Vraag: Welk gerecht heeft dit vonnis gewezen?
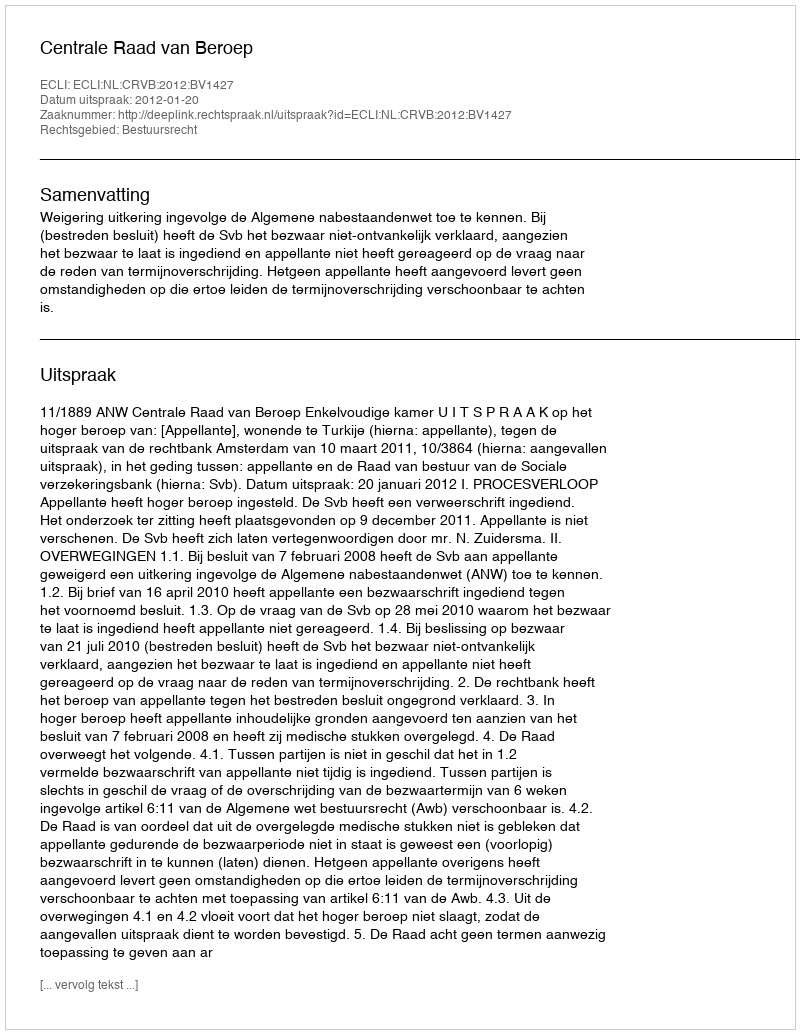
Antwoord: Centrale Raad van Beroep